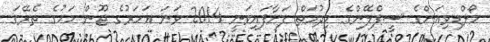
މޯލްޑިވިއަންގެ ސީޕްލޭންގެ ހިދުމަތް ފަށާފައިވަނީ 2014 ވަނަ އަހަރުގެ ޖޫން މަހުގެ ތެރޭގަ